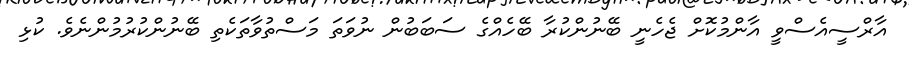
އާރްސީއެސްވީ އާންމުކޮށް ޖެހެނީ ބޭނުންކުރާ ބޭހެއްގެ ސަބަބުން ނުވަތަ މަސްތުވާތަކެތި ބޭނުންކުރުމުންނެވެ. ކުޅި